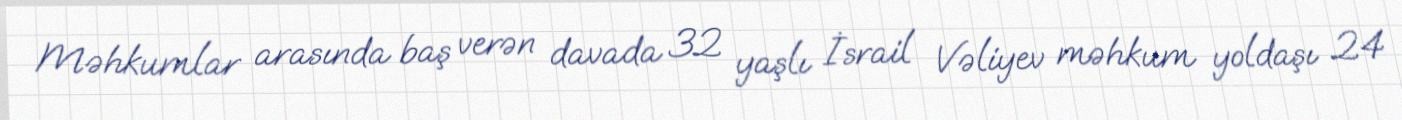
Məhkumlar arasında baş verən davada 32 yaşlı İsrail Vəliyev məhkum yoldaşı 24